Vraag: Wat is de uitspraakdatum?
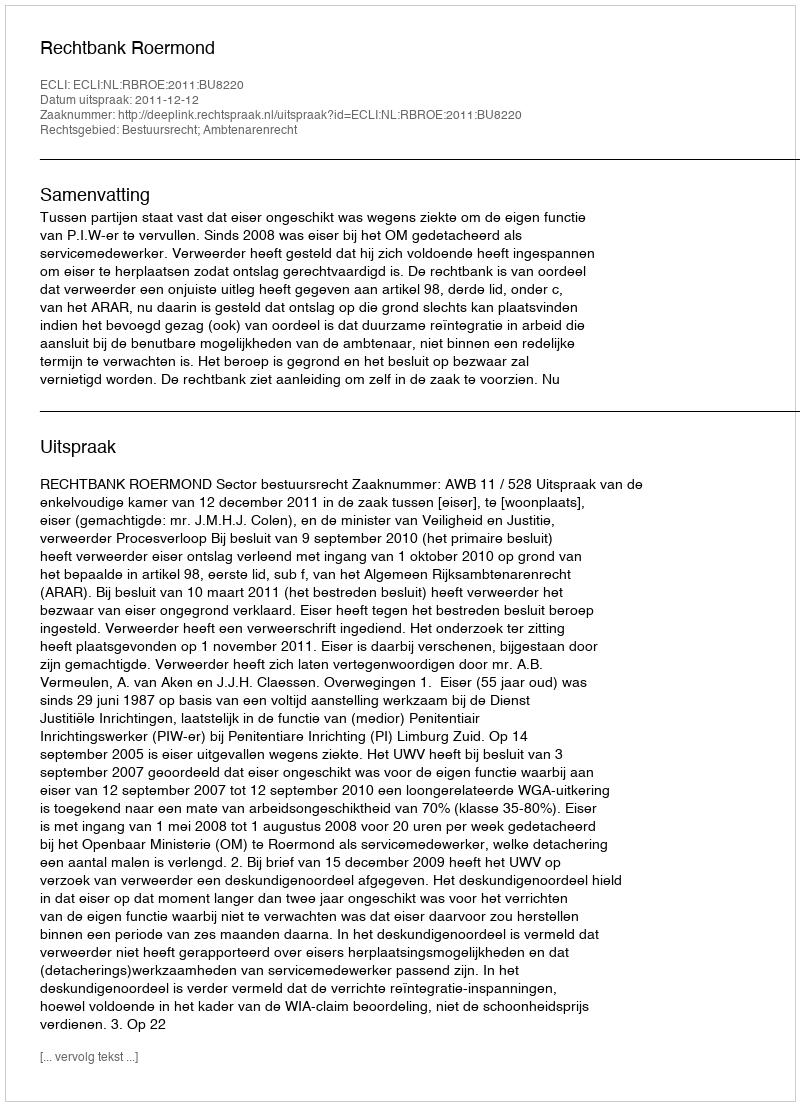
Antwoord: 2011-12-12